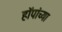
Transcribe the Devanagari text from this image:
हॉपांच्या